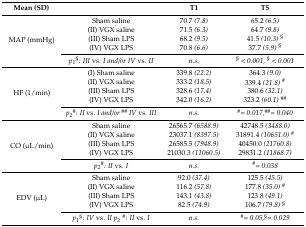
<table><thead><tr><td><b>Mean (SD)</b></td><td></td><td><b>T1</b></td><td><b>T5</b></td></tr></thead><tbody><tr><td rowspan="5">MAP (mmHg)</td><td>Sham saline</td><td>70.7 <i>(7.8)</i></td><td>65.2 <i>(6.5)</i></td></tr><tr><td>(II) VGX saline</td><td>71.5 <i>(6.3)</i></td><td>64.7 <i>(9.8)</i></td></tr><tr><td>(III) Sham LPS</td><td>68.2 <i>(9.5)</i></td><td>41.5 <i>(10.3)</i><sup>§</sup></td></tr><tr><td>(IV) VGX LPS</td><td>70.8 <i>(6.6)</i></td><td>37.7 <i>(5.9)</i><sup>§</sup></td></tr><tr><td><i>p</i><sub>1</sub><sup>§</sup><i>: III</i> vs. <i>I and/or IV</i> vs. <i>II</i></td><td><i>n.s.</i></td><td><sup>§</sup> &lt; <i>0.001,</i><sup>§</sup> &lt; <i>0.001</i></td></tr><tr><td rowspan="5">HF (1/min)</td><td>(I) Sham saline</td><td>339.8 <i>(22.2)</i></td><td>364.3 <i>(9.0)</i></td></tr><tr><td>(II) VGX saline</td><td>333.2 <i>(18.5)</i></td><td>339.4 <i>(21.8)</i><sup>#</sup></td></tr><tr><td>(III) Sham LPS</td><td>328.6 <i>(17.4)</i></td><td>380.6 <i>(32.1)</i></td></tr><tr><td>(IV) VGX LPS</td><td>342.0 <i>(16.2)</i></td><td>323.2 <i>(60.1)</i><sup>##</sup></td></tr><tr><td><i>p</i><sub>2</sub><sup>#</sup><i>: II</i> vs. <i>I and/or</i><sup>##</sup><i>IV</i> vs. <i>III</i></td><td><i>n.s.</i></td><td><sup>#</sup><i>= 0.017,</i><sup>##</sup><i>= 0.040</i></td></tr><tr><td rowspan="5">CO (μL/min)</td><td>Sham saline</td><td>26565.7 <i>(6588.9)</i></td><td>42748.5 <i>(3488.0)</i></td></tr><tr><td>(II) VGX saline</td><td>23037.1 <i>(8397.5)</i></td><td>31891.4 <i>(10651.0)</i><sup>#</sup></td></tr><tr><td>(III) Sham LPS</td><td>26585.5 <i>(7948.9)</i></td><td>40450.0 <i>(21760.8)</i></td></tr><tr><td>(IV) VGX LPS</td><td>21030.3 <i>(11060.5)</i></td><td>29831.2 <i>(11868.7)</i></td></tr><tr><td><i>p</i><sub>2</sub><sup>#</sup><i>: II</i> vs. <i>I</i></td><td><i>n.s.</i></td><td><sup>#</sup><i>= 0.038</i></td></tr><tr><td rowspan="5">EDV (μL)</td><td>Sham saline</td><td>92.0 <i>(37.4)</i></td><td>125.5 <i>(45.5)</i></td></tr><tr><td>(II) VGX saline</td><td>116.2 <i>(57.8)</i></td><td>177.8 <i>(35.0)</i><sup>#</sup></td></tr><tr><td>(III) Sham LPS</td><td>143.1 <i>(43.8)</i></td><td>123.8 <i>(49.1)</i></td></tr><tr><td>(IV) VGX LPS</td><td>82.5 <i>(74.9)</i></td><td>106.7 <i>(79.8)</i><sup>§</sup></td></tr><tr><td><i>p</i><sub>1</sub><sup>§</sup><i>: IV</i> vs. <i>II p</i><sub>2</sub><sup>#</sup><i>: II</i> vs. <i>I</i></td><td><i>n.s.</i></td><td><sup>#</sup><i>= 0.05,</i><sup>§</sup><i>= 0.029</i></td></tr></tbody></table>